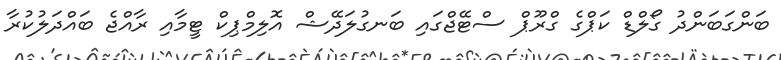
ބަންގަބަންދު ގޯލްޑް ކަޕްގެ ގްރޫޕް ސްޓޭޖްގައި ބަނގުލަދޭޝް އޮލިމްޕިކް ޓީމާއި ރާއްޖެ ބައްދަލުކުރާ